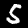
Label: 5